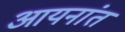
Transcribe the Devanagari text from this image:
आयनांत